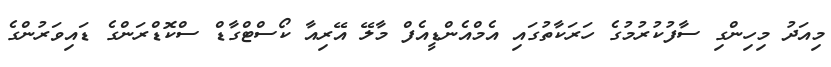
މިއަދު މިހިންގި ސާފުކުރުމުގެ ހަރަކާތުގައި އެމްއެންޑީއެފް މާލޭ އޭރިއާ ކޯސްޓްގާޑް ސްކޮޑްރަންގެ ޑައިވަރުންގެ